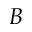
\boldsymbol { B }